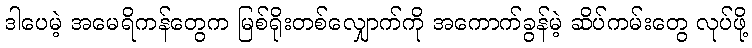
ဒါပေမဲ့ အမေရိကန်တွေက မြစ်ရိုးတစ်လျှောက်ကို အကောက်ခွန်မဲ့ ဆိပ်ကမ်းတွေ လုပ်ဖို့